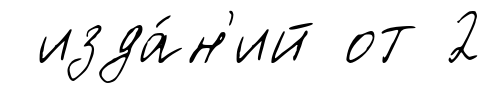
изда́н'ий от 2